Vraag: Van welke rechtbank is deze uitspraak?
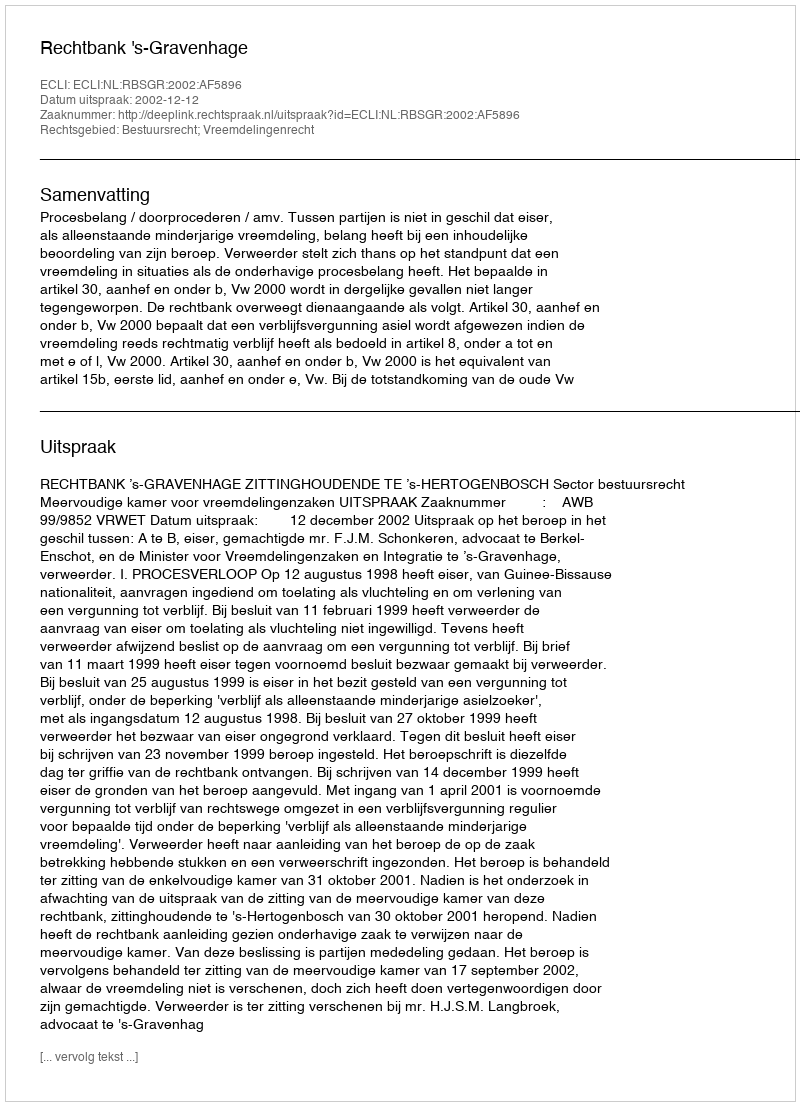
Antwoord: Rechtbank 's-Gravenhage